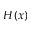
H ( x )